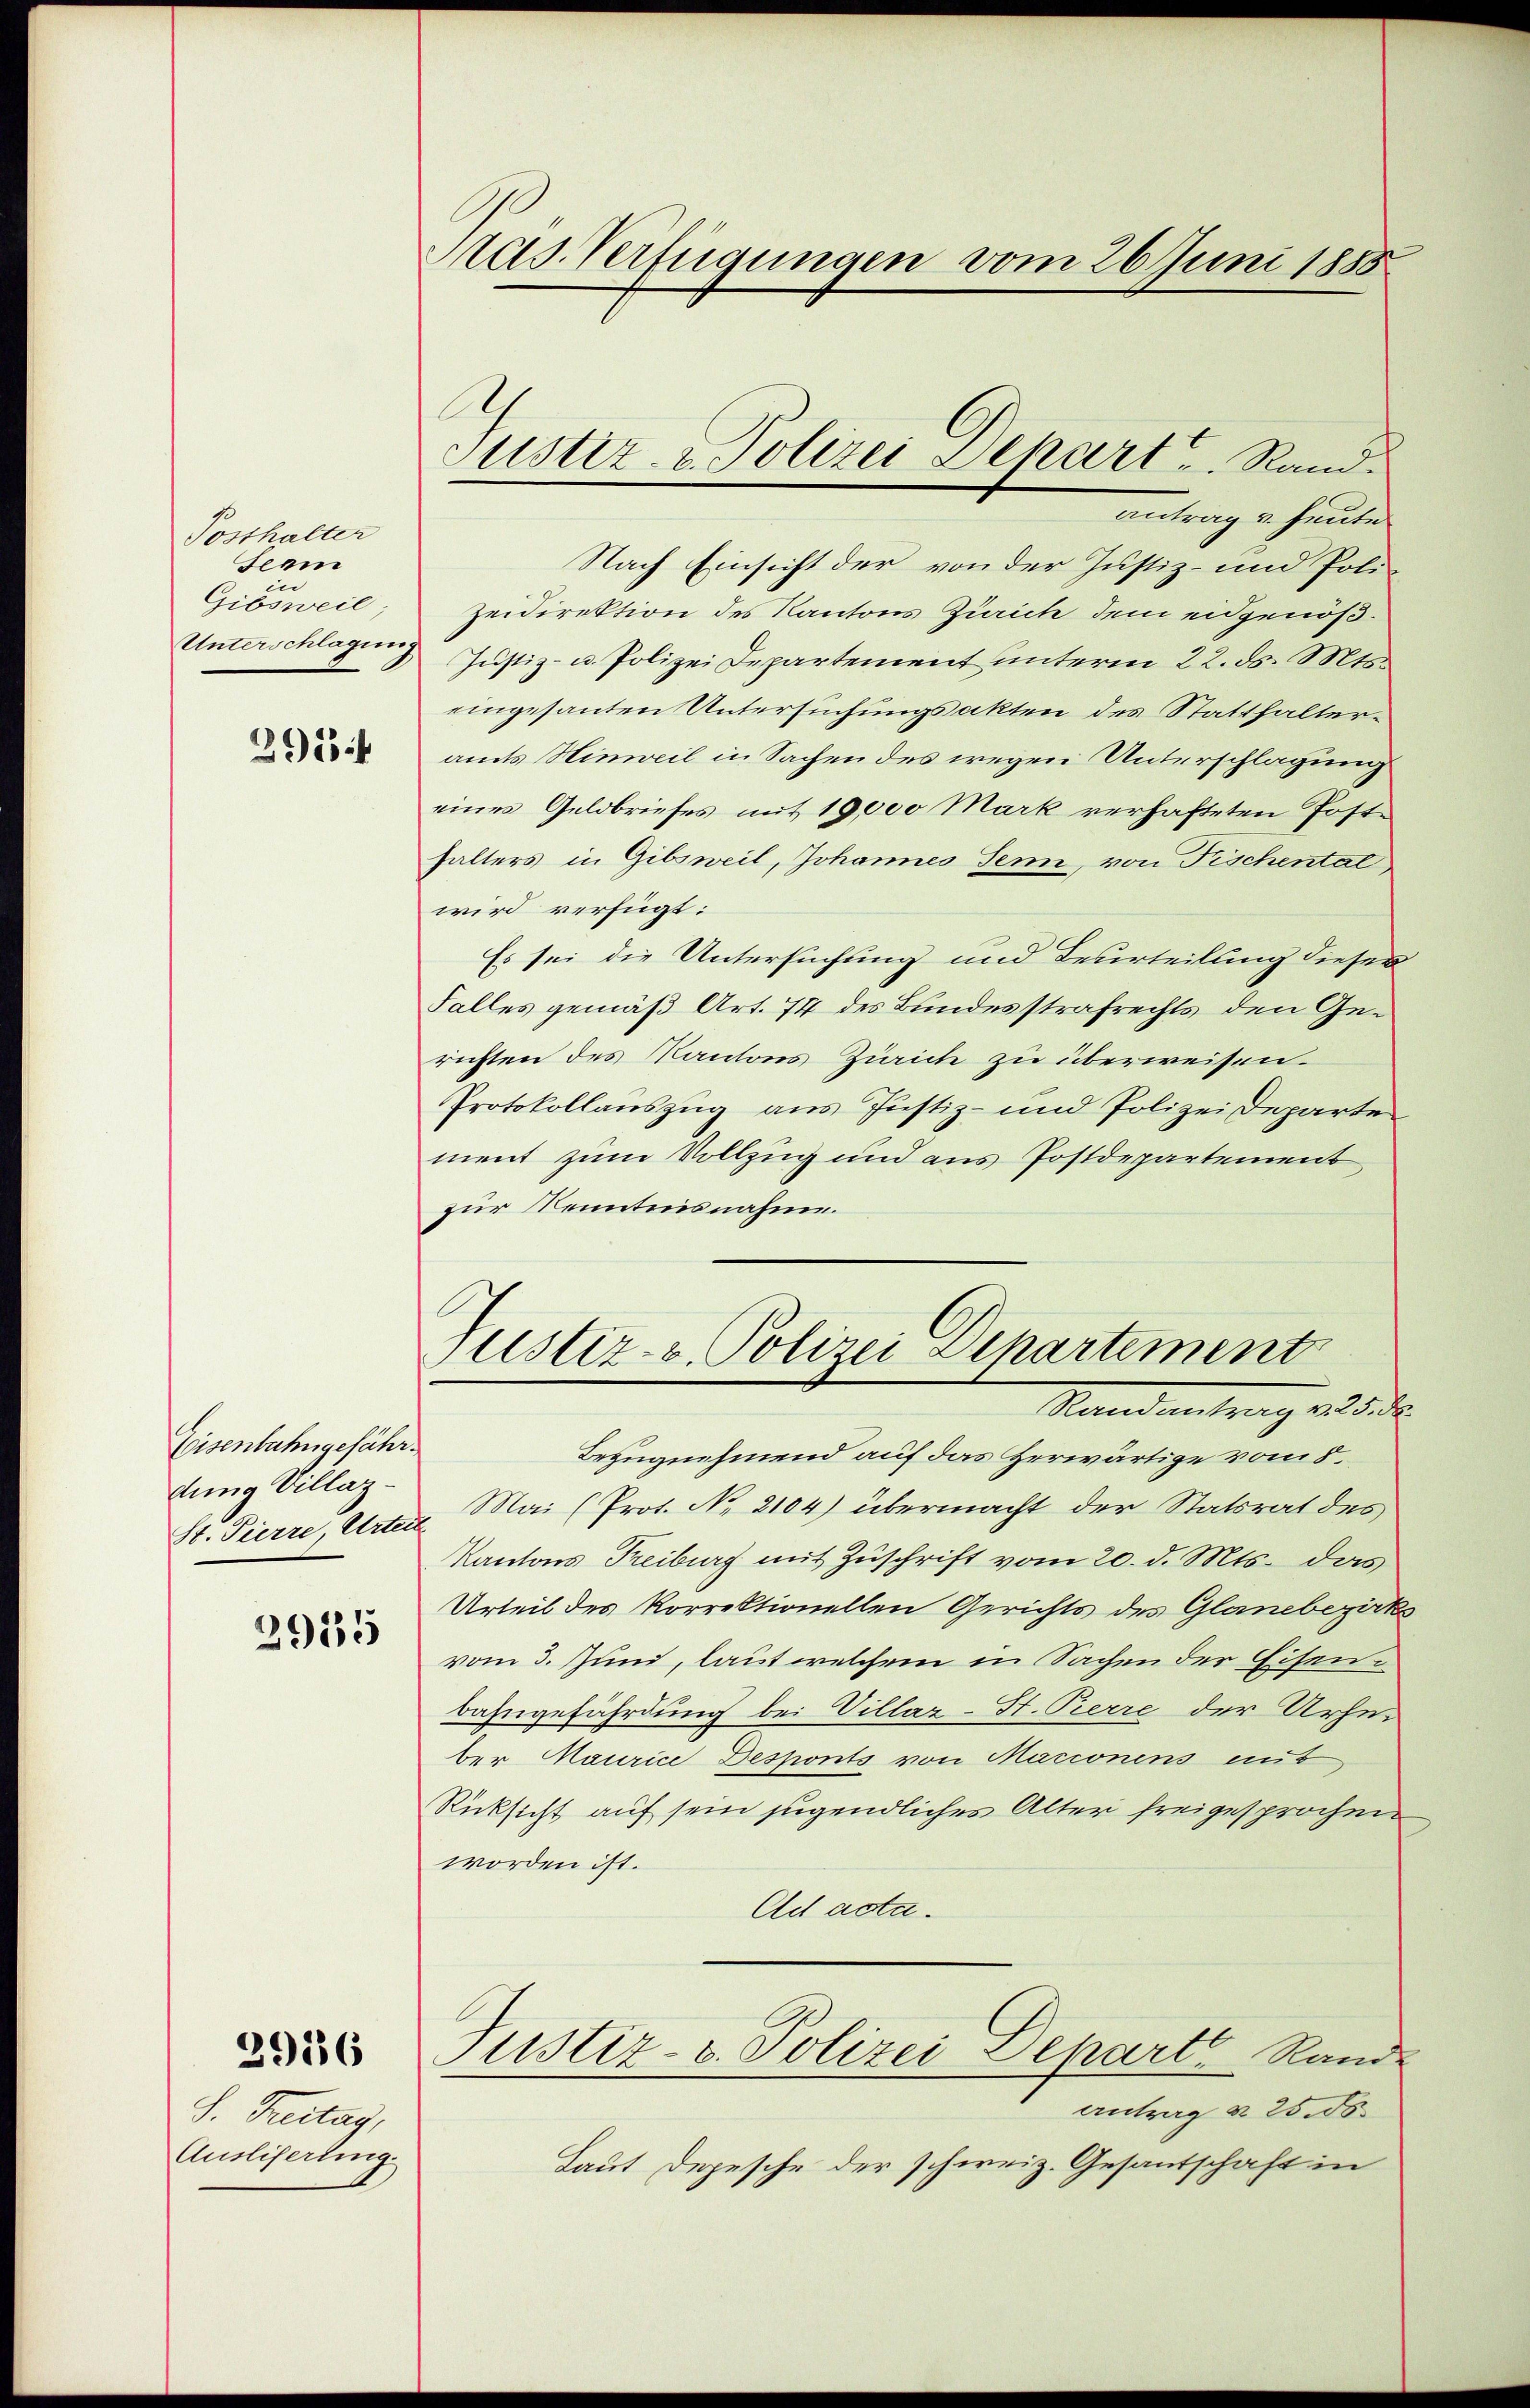
Posthalter
Seem
e
Gibsweil
Unterschlagung

2954

Eisenbahngefährdung Villaz¬
St. Pierre Arten
2915

2916

S. Freitag,
Ausliserinng.

Aas Verfügungen vom 26 Juni 1888

A
Justiz- & Polizei Dehart u. Rand.

antrag v. heute
Nach Einsicht der von der Justiz- und Poli¬
Zeidirektion des Kantons Zürich dem eidgenöß¬
Justiz- u. Polizei Departement unterm 22. ds. Mts.
eingesanten Untersuchungsakten des Statthalteramts Hinweil in Sachen des wegen Unterschlagung
eines Geldbriefes mit 19,000 Mark verhafteten Posthalters in Gibsweil, Johannes Senn, von Fischental
wird verfügt:
Es sei die Untersuchung und Beurteilung dieser
Falles gemäß Art. 74 des Bundesstrafrechts den Gerichten des Kantons Zürich zu überweisen.
Protokollauszug aus Justiz- und Polizei Departe
ment zum Vollzug und aus Postdepartement
zur Kenntnisnahme.
Stistiz- & Polizei Departement
Stand antrag . . . .
Bezugnehmend auf das Herwärtige vom 8.
. Mai (Prot. No 2104) übermacht der Statsrat des
Kantons Treiburg mit Zuschrift vom 20. d. Mts. das
Urteil des Korrektionellen Gerichts des Glanebezirks
vom 3. Juni, laut welchem in Sachen der Eisenbahngefährdung bei Villaz-St. Perre der Urheber Maurice Desponts von Macionens aut
Rücksicht auf sein jugendliches Alter freigesprochen
worden ist.
Ad acta.
Justiz- u. Polizei Depart Rand-
antrag § 25. ds.
Laut Depesche der schweiz. Gesantschaft in